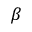
\beta